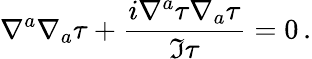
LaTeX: \nabla^{a}\nabla_{a}\tau+\frac{i\nabla^{a}\tau\nabla_{a}\tau}{\Im\tau}=0\, .